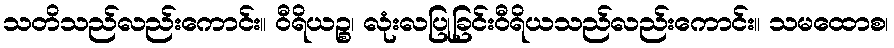
သတိသည်လည်းကောင်း။ ဝီရိယဉ္စ၊ လုံးလပြုခြင်းဝီရိယသည်လည်းကောင်း။ သမထောစ၊